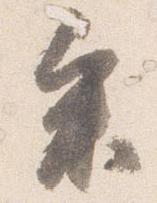
参